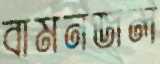
বামনজল